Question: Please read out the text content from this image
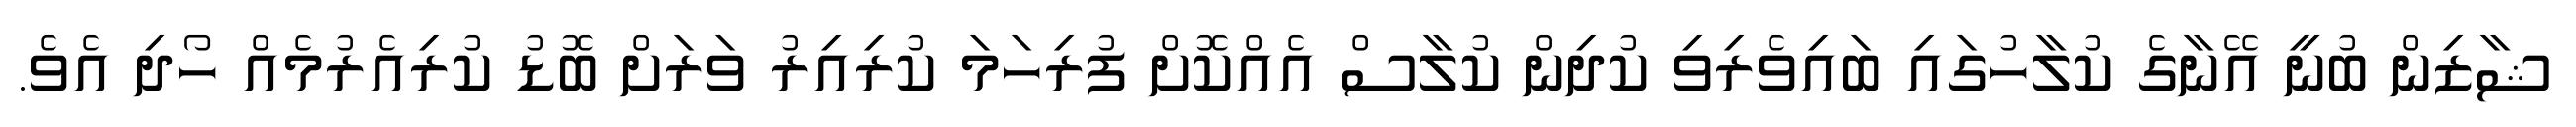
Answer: ޝާޒިން ބުނީ އޭނާގެ ކުލާހުގައި ބައިވެރިވި ކުދިން ކުލާސް އެއްކޮށް ފުރިހަމަ ކުރިއިރު ވަރަށް ބޮޑު ކުރިއެރުމެއް ހޯދި އެވެ.